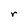
Character: r